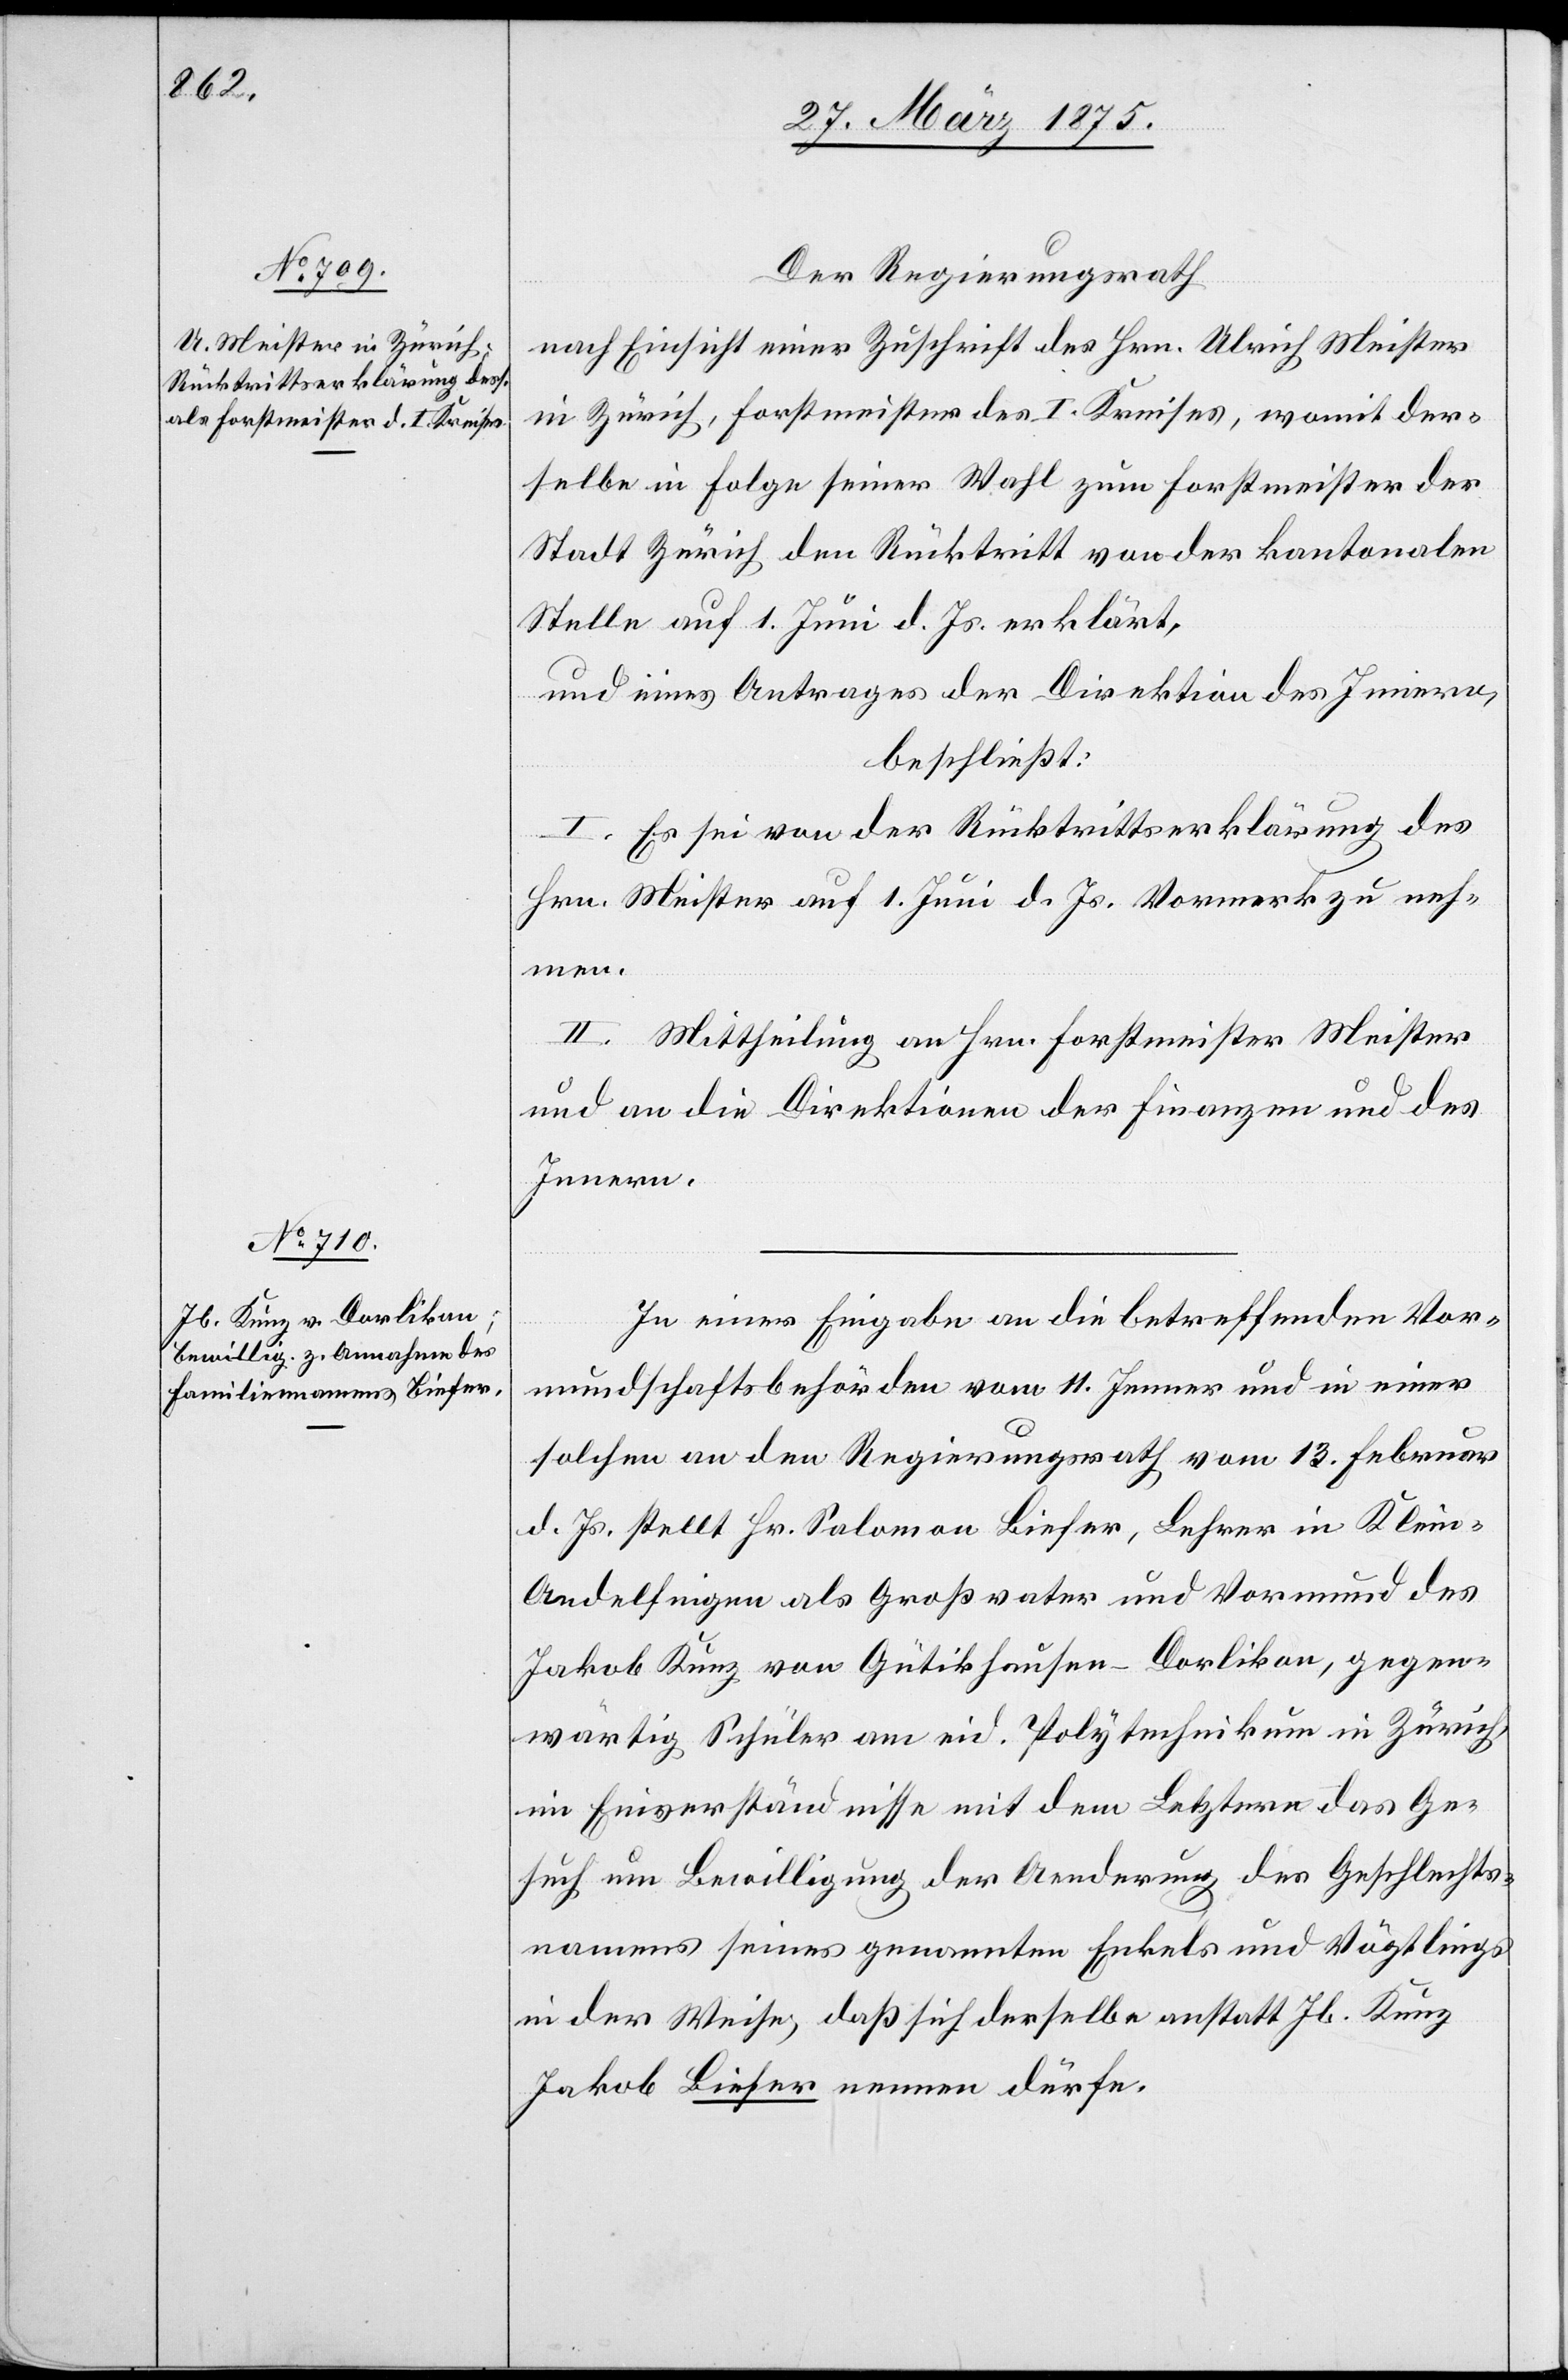
Der Regierungsrath
nach Einsicht einer Zuschrift des Hrn. Ulrich Meister
in Zürich, Forstmeister des I. Kreises, womit der¬
selbe die Folge seiner Wahl zum Forstmeister der
Stadt Zürich den Rücktritt von der kantonalen
Stelle auf 1. Juni d. Js. erklärt,
und eines Antrages der Direktion des Innern,
beschließt:
I. Es sei von der Rücktrittserklärung des
Hrn. Meister auf 1. Juni d. Js Vormerk zu neh¬
men.
II. Mittheilung an Hrn. Forstmeister Meister
und an die Direktionen der Finanzen und des
Innern.
In einer Eingabe an die betreffenden Vor¬
mundschaftsbehörden vom 11. Jenner und in einer
solchen an den Regierungsrath vom 13. Februar
d. Js. stellt Hr. Saloman Biefer, Lehrer in Klein-A¬
ndelfingen als Großvater und Vormund des
Jakob Kunz von Gütikhausen Dorlikon, gegen¬
wärtig Schüler am eid. Polytechnikum in Zürich,
im Einverständnisse mit dem Letztern das Ge¬
such um Bewilligung der Aenderung des Gesellschafts¬
namens seines genannten Enkels und Vögtlings
in der Weise, daß sich derselbe anstatt Jb. Kunz
Jakob Biefer nennen dürfe.